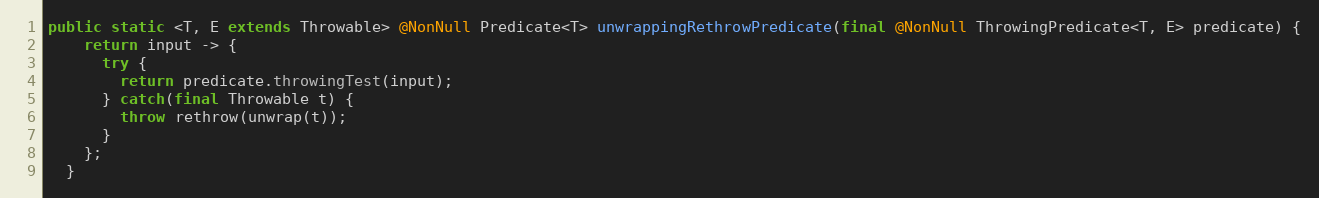
Language: Java
public static <T, E extends Throwable> @NonNull Predicate<T> unwrappingRethrowPredicate(final @NonNull ThrowingPredicate<T, E> predicate) {
    return input -> {
      try {
        return predicate.throwingTest(input);
      } catch(final Throwable t) {
        throw rethrow(unwrap(t));
      }
    };
  }